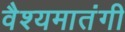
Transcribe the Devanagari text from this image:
वैश्यमातंगी